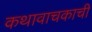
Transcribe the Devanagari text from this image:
कथावाचकाची